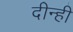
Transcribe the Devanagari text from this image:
दीन्‍हीं